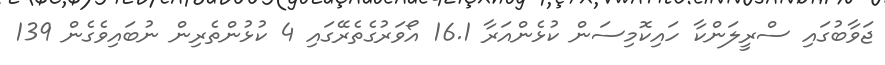
ޖަވާބުގައި ސްރީލަންކާ ހައިކޮމިސަން ކުޅެންއަރާ 16.1 އޯވަރުގެތެރޭގައި 4 ކުޅުންތެރިން ނުބައިވެގެން 139